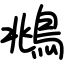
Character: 鴵